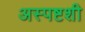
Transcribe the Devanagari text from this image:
अस्पष्टशी